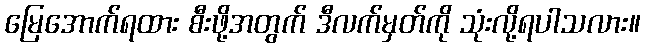
မြေအောက်ရထား စီးဖို့အတွက် ဒီလက်မှတ်ကို သုံးလို့ရပါသလား။